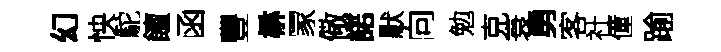
幻怏駝饘函豐楙冡儆諾默向勉克衰勇客社僮踰